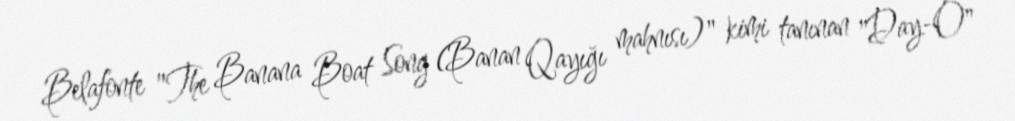
Belafonte "The Banana Boat Song (Banan Qayığı mahnısı)" kimi tanınan "Day-O"